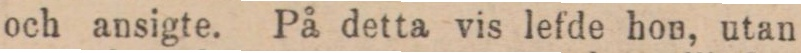
och ansigte. På detta vis lefde hon, utan